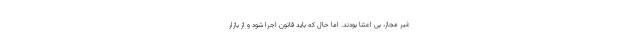
غیر مجاز، بی اعتنا بودند. اما حال که باید قانون اجرا شود و از بازار